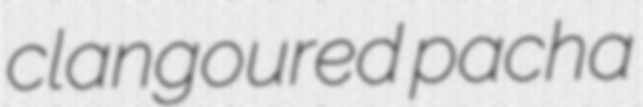
clangoured pacha